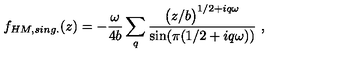
f _ { H M , s i n g . } ( z ) = - { \frac { \omega } { 4 b } } \sum _ { q } { \frac { \bigl ( { z / b } \bigr ) ^ { 1 / 2 + i q \omega } } { \mathrm { s i n } ( \pi ( 1 / 2 + i q \omega ) ) } } \ ,